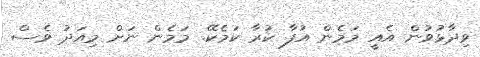
ވިދާޅުވުން އެއީ މަމެން އުފާ ކުރާ ކަމެކޭ. މަމެން ނަށް މިއަދު ވެސް